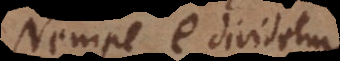
Nempe e dividetur